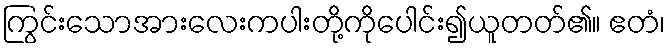
ကြွင်းသောအားလေးကပါးတို့ကိုပေါင်း၍ယူတတ်၏။ ဧတံ၊